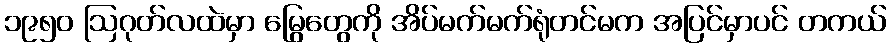
၁၉၅၀ ဩဂုတ်လထဲမှာ မြွေတွေကို အိပ်မက်မက်ရုံတင်မက အပြင်မှာပင် တကယ်